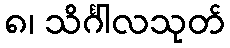
၈၊ သိင်္ဂါလသုတ်